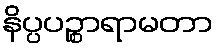
နိပ္ပပဉ္စာရာမတာ